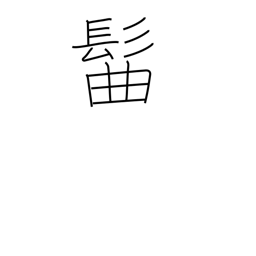
Meaning: topknot